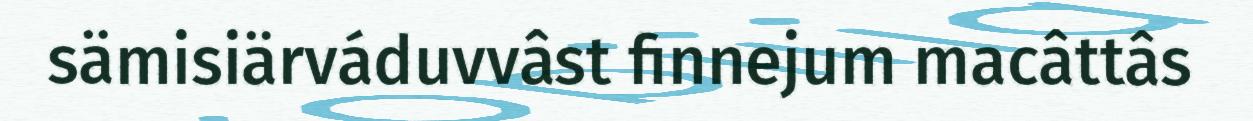
sämisiärváduvvâst finnejum macâttâs